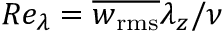
R e _ { \lambda } = \overline { { w _ { \mathrm { r m s } } } } \lambda _ { z } / \nu